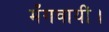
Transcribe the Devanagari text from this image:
मँगवायीं।